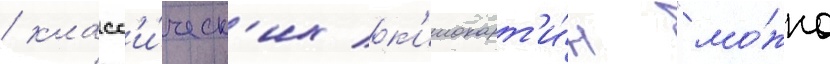
/ класс'и́ческ'их к'инокарт'и́н "мо́жно